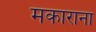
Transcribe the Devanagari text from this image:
मकाराना